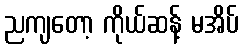
ညကျတော့ ကိုယ်ဆန့် မအိပ်